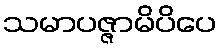
သမာပဇ္ဇာမိပိပေ